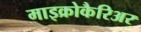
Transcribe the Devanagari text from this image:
माइक्रोकैरिअर